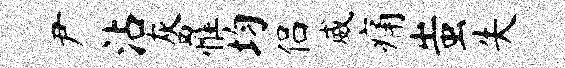
尹沾灰罹均侣威痛蚩失